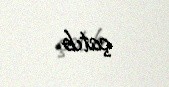
çatıb.